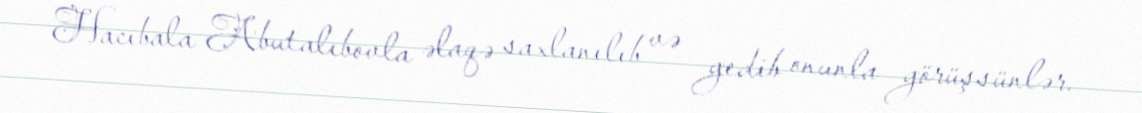
Hacıbala Abutalıbovla əlaqə saxlanılıb və gedib onunla görüşsünlər.